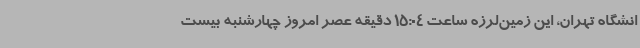
انشگاه تهران، این زمین‌لرزه ساعت 15:04 دقیقه عصر امروز چهارشنبه بیست